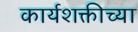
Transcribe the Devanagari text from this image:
कार्यशक्तीच्या